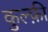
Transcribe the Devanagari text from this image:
कुल्फ़ी